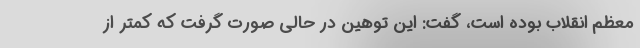
معظم انقلاب بوده است، گفت: این توهین در حالی صورت گرفت که کمتر از